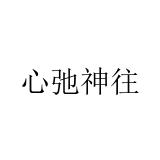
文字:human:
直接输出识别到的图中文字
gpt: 心弛神往